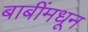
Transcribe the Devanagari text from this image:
बाबींमधून